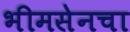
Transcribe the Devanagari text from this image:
भीमसेनचा